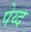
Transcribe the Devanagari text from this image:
पेय्द